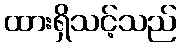
ထားရှိသင့်သည်